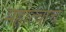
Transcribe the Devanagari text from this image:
महात्वाचे